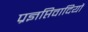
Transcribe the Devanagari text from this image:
प्रज्ञप्तिवादियों